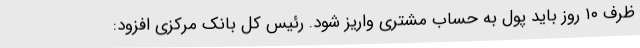
ظرف ۱۰ روز باید پول به حساب مشتری واریز شود. رئیس کل بانک مرکزی افزود: